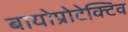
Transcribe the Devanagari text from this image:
बायोप्रोटेक्टिव